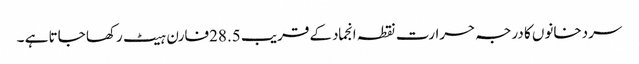
سردخانوں کا درجہ حرارت نقطہ انجمادکے قریب 28.5فارن ہیٹ رکھا جاتا ہے ۔